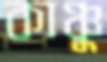
কাঞ্চু